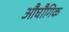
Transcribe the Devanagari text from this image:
औघौगिक